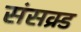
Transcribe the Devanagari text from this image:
संसक्र्ड